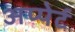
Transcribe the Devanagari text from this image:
अप्पेर्ट